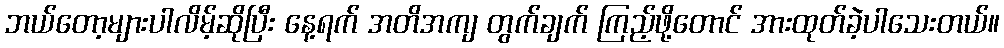
ဘယ်တော့များပါလိမ့်ဆိုပြီး နေ့ရက် အတိအကျ တွက်ချက် ကြည့်ဖို့တောင် အားထုတ်ခဲ့ပါသေးတယ်။